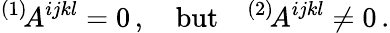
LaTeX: {}^{(1)}\! A^{ijkl}=0\, ,\quad\mathrm{but}\quad{}^{(2)}\! A^{ijkl}\ne 0\, .